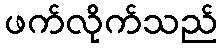
ဖက်လိုက်သည်